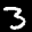
Label: 3